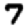
Digit: 7